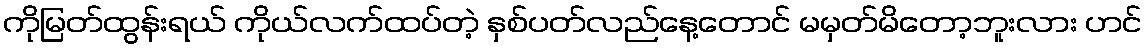
ကိုမြတ်ထွန်းရယ် ကိုယ်လက်ထပ်တဲ့ နှစ်ပတ်လည်နေ့တောင် မမှတ်မိတော့ဘူးလား ဟင်